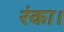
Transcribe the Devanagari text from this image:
रंका।